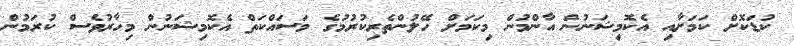
ކުޑަކޮށް ކަމަށާއި އެކޮމިޝަނުން އާންމުން މިކަމަށް ހޭލުންތެރިކުރުމުގެ މަސައްކަތް އެކޮމިޝަނުން މިހާރުވެސް ކުރަމުން